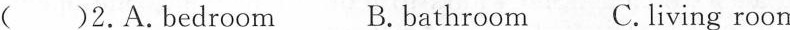
( )2. A. Bedroom B. bathroom C. living room